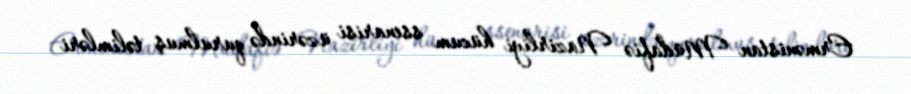
Ermənistan Müdafiə Nazirliyi hücum ssenarisi üzərində qurulmuş təlimləri